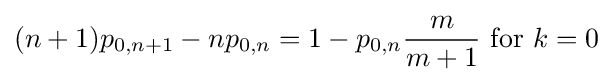
(n+1)p_{0,n+1}-np_{0,n}=1-p_{0,n}{\frac {m}{m+1}}{\text{ for }}k=0